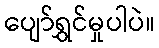
ပျော်ရွှင်မှုပါပဲ။